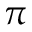
\pi